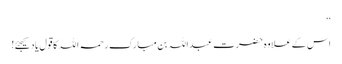
‘‘
اس کے علاوہ حضرت عبداللہ بن مبارک رحمہ اللہ کا قول یاد کیجئے!